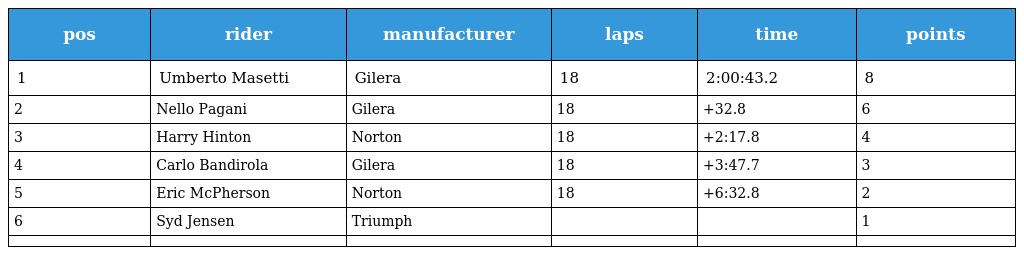
| pos | rider | manufacturer | laps | time | points |
 | --- | --- | --- | --- | --- | --- |
 | 1 | Umberto Masetti | Gilera | 18 | 2:00:43.2 | 8 |
 | 2 | Nello Pagani | Gilera | 18 | +32.8 | 6 |
 | 3 | Harry Hinton | Norton | 18 | +2:17.8 | 4 |
 | 4 | Carlo Bandirola | Gilera | 18 | +3:47.7 | 3 |
 | 5 | Eric McPherson | Norton | 18 | +6:32.8 | 2 |
 | 6 | Syd Jensen | Triumph |  |  | 1 |
 |  |  |  |  |  |  |